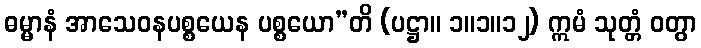
ဓမ္မာနံ အာသေဝနပစ္စယေန ပစ္စယော”တိ (ပဋ္ဌာ။ ၁။၁။၁၂) ဣမံ သုတ္တံ ဝတွာ